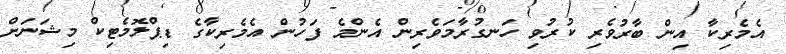
އެމެރިކާ އިން ބާރުވެރި ކުރުވި ހަނގުރާމަވެރިން އެންމެ ފަހުން އެމެރިކާގެ ޑިޕްލޮމެޓިކް މިޝަނަށް